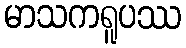
မာသကရူပဿ